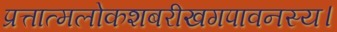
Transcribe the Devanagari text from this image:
प्रत्तात्मलोकशबरीखगपावनस्य।